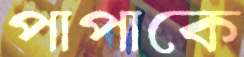
পাপাকে